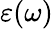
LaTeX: \varepsilon(\omega)